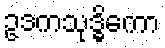
ဥဒကသုဒ္ဓိကော